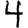
Digit: 4